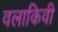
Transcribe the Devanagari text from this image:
वलाकिवी